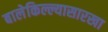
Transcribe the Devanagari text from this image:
बालेकिल्ल्यासारखा